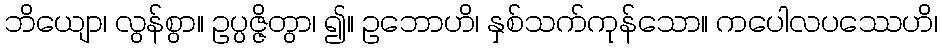
ဘိယျော၊ လွန်စွာ။ ဥပ္ပဇ္ဇိတွာ၊ ၍။ ဥဘောဟိ၊ နှစ်သက်ကုန်သော။ ကပေါလပဿေဟိ၊